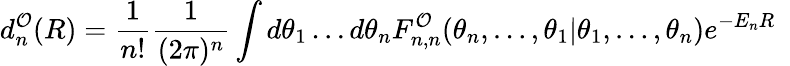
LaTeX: d_{n}^{\cal O}(R)=\frac{1}{n!}\frac{1}{(2\pi)^{n}}\int d\theta_{1}\ldots d\theta_{n}F_{n,n}^{\cal O}(\theta_{n},\ldots,\theta_{1}|\theta_{1},\ldots,\theta_{n})e^{-E_{n}R}\, \, \,